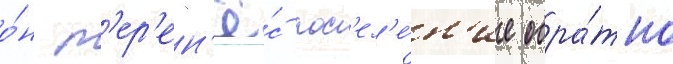
о́н п'ер'ен'ё́с пос'ел'е́н'ие обра́тно